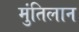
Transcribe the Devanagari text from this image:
मुंतिलान